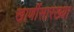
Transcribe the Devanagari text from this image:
खाणींसारख्या